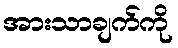
အားသာချက်ကို